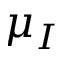
\mu _ { I }